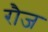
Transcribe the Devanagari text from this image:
रौज